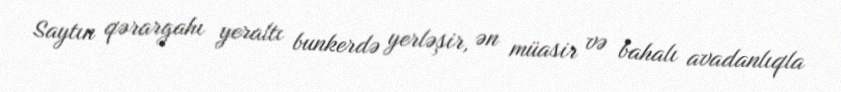
Saytın qərargahı yeraltı bunkerdə yerləşir, ən müasir və bahalı avadanlıqla